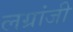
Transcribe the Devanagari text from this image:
लग्रांजी